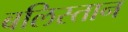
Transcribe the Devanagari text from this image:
बलिस्तान